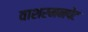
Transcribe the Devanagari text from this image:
वाशरमनपेट